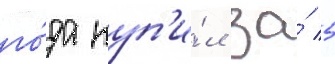
го́да куп'и́л за́ 5